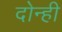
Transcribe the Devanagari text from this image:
दोन्‍ही